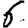
Digit: 6